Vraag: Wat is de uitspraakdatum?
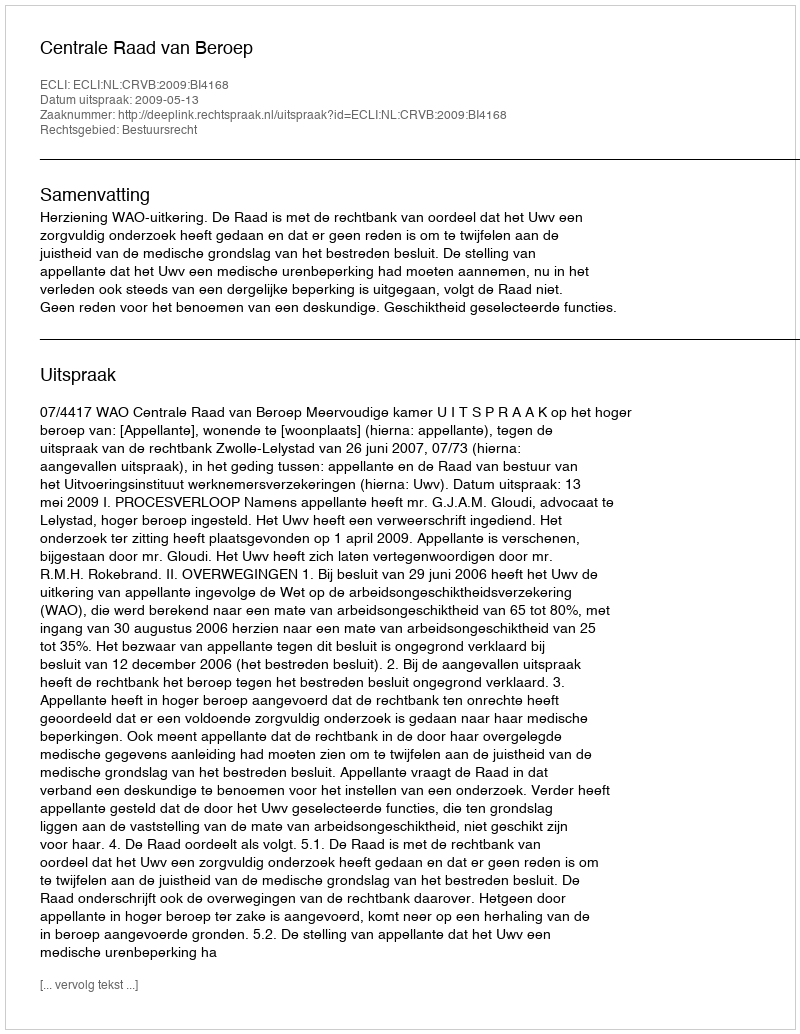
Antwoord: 2009-05-13